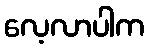
လေ့လာပါက